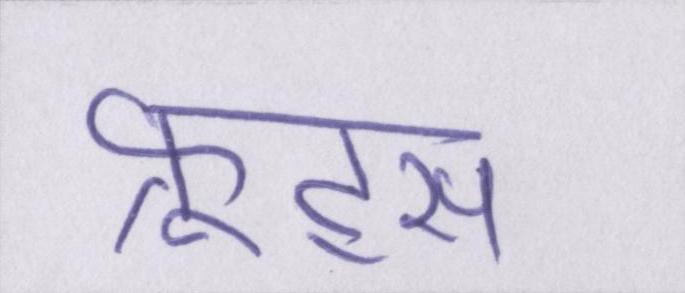
फ्रूट्स